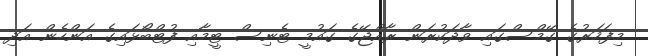
މިފަހަރުގެ ގޭމްސްގައި ވާދަކުރަން ރާއްޖޭގެ ގައުމީ ޓެނިސް ޓީމާއި ފުޓްބޯޅައިގެ އަންހެން އަދި